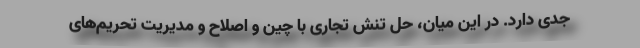
جدی دارد. در این میان، حل تنش تجاری با چین و اصلاح و مدیریت تحریم‌های